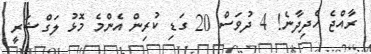
ރާއްޖެ ހެދިދާނެ! 4 ދުވަސް 20 ގަޑި ކުރިން އެންމެ މޮޅު ލަގްޝަރީ